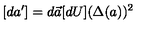
[ d { a } ^ { \prime } ] = d \vec { a } [ d U ] ( \Delta ( a ) ) ^ { 2 }